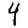
Digit: 4